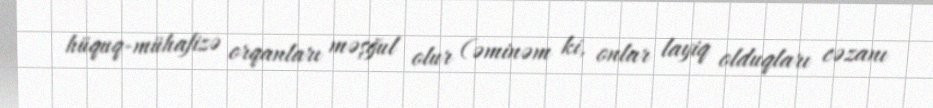
hüquq-mühafizə orqanları məşğul olur (əminəm ki, onlar layiq olduqları cəzanı